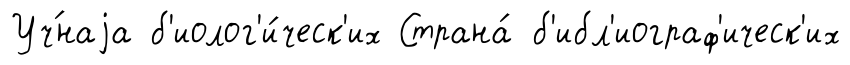
Уч́наjа б'иолог'и́ческ'их Страна́ б'ибл'иограф'ическ'их